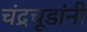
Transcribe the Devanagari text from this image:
चंद्रचूडांनी